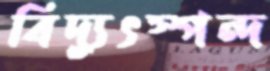
বিদ্যুৎস্পন্দ